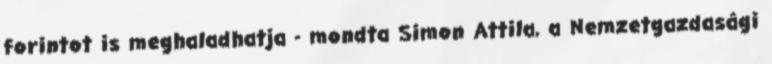
forintot is meghaladhatja - mondta Simon Attila, a Nemzetgazdasági